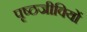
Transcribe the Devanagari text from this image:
पृष्ठजीवियों